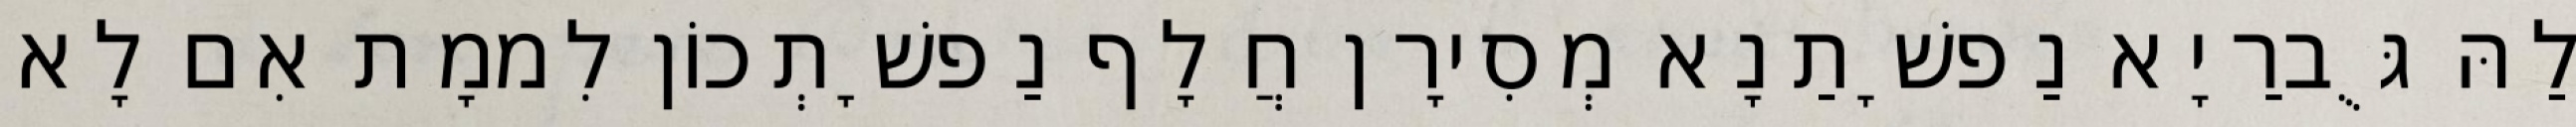
לַהּ גֻּברַיָא נַפשָׁתַנָא מְסִירָן חֲלָף נַפשָׁתְכוֹן לִממָת אִם לָא